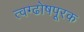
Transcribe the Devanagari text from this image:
त्वग्ढोषपूरक